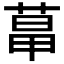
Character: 𦳱